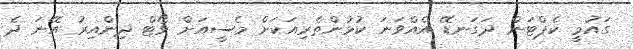
ގައުމީ ކެޕްޓަން ދަގަނޑޭ އެއްވަނަ ކުޅުންތެރިއަކަށް މެސީއަށް ވޯޓް ދިންއިރު އޭނަ ދެ